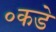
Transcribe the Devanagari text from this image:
०कडे